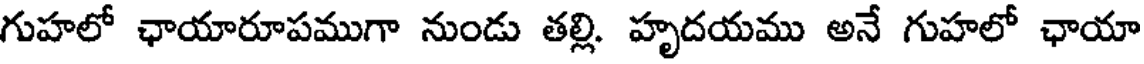
గుహలో ఛాయారూపముగా నుండు తల్లి. హృదయము అనే గుహలో ఛాయా